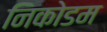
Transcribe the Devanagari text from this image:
निकोडम